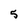
Character: 5